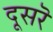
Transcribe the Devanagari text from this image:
दूसरॆ